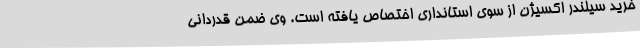
خرید سیلندر اکسیژن از سوی استانداری اختصاص یافته است. وی ضمن قدردانی